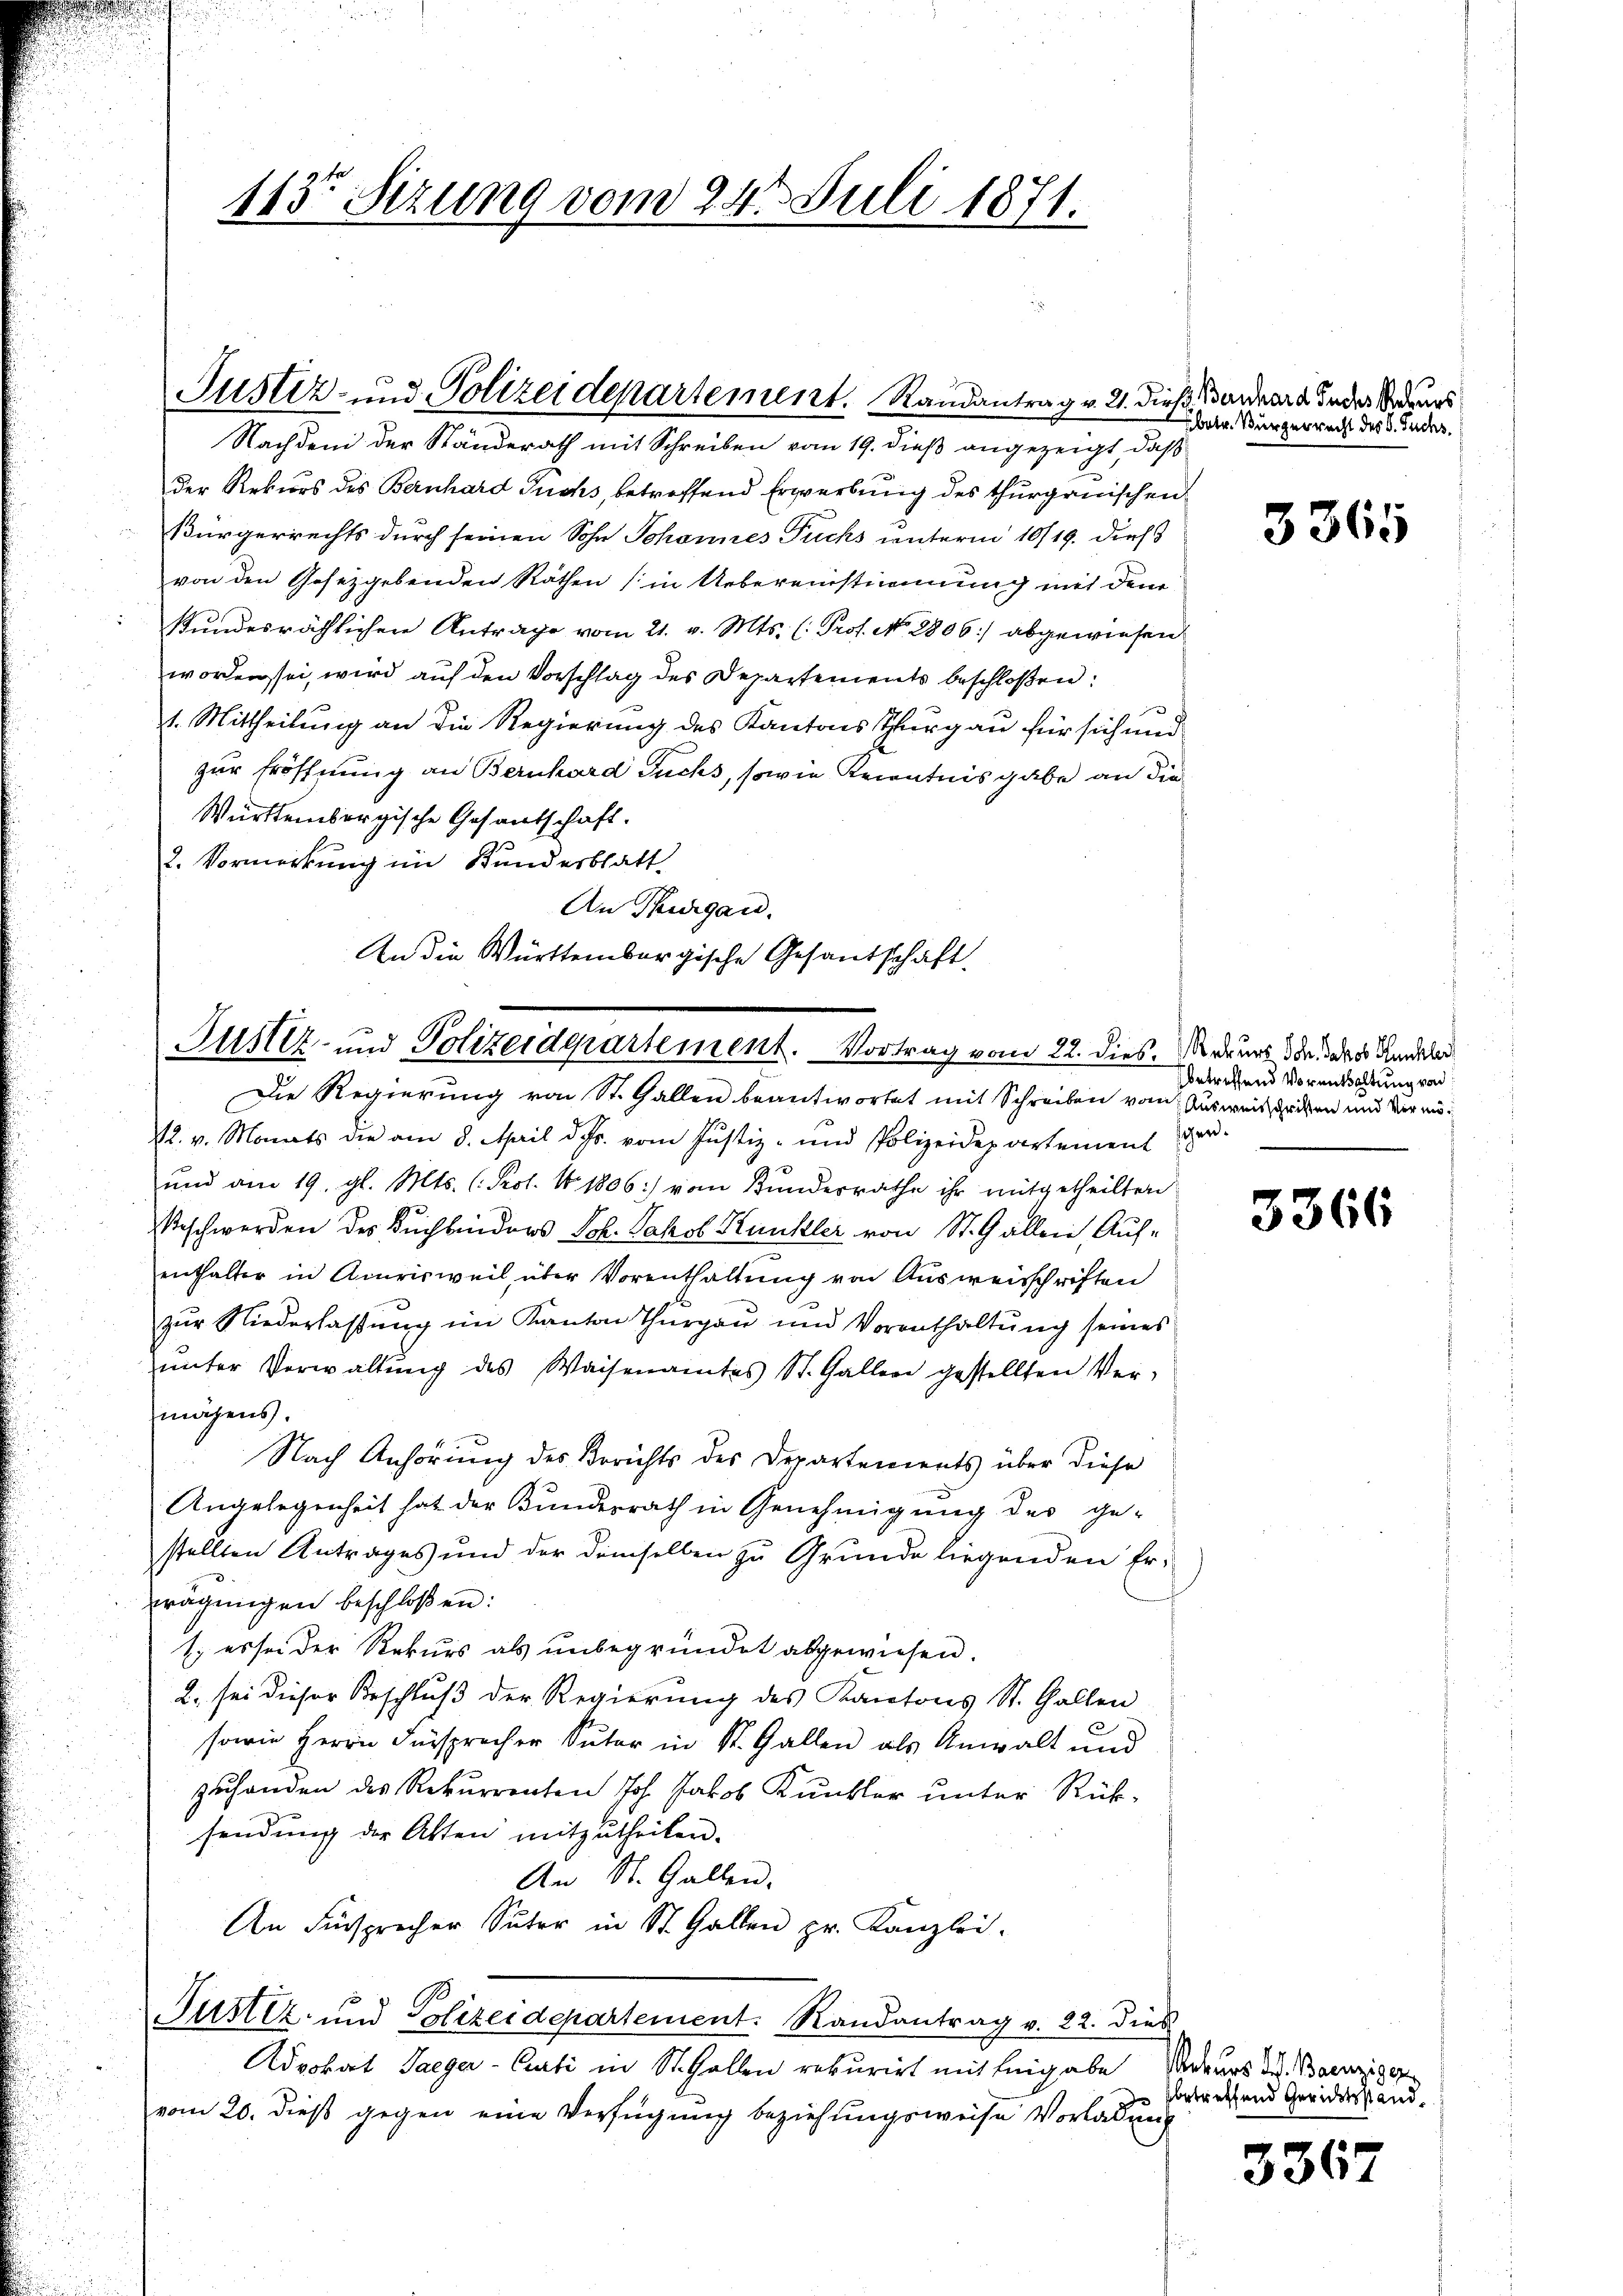
Nachdem der Ständerath mit Schreiben vom 19. dieß angezeigt, daß
der Rekurs des Bernhard Fuchs, betreffend Erwerbung des thurgauischen
Bürgerrechts durch seinen Sohn Schonnes Fuchs unterm 10/19. dieß
von den Gesetzgebenden Räthen (in Uebereinstimmung mit dem
kundesräthlichen Antrage vom 21. v. Mts. (: Prof. No. 2806:/ abgewiesen
worden sei, wird auf den Vorschlag des Departements beschloßen:
1. Mittheilung an die Regierung des Kantons Thurgau für sich und
zur Eröffnung an Bernhard Fuchs, sowie Krientnis gabe an die
Württembergische Gesandschaft.
2. Vormerkung im Kundesblatt
An Thurgau.
An die Württembergische Gesandschaft.

113. Sitzung vom 24t Juli 1871.

Justiz- und Polizeiderartement. Vortrag vom 22. dies. Wer uns der des Kanzler
Die Regierung von St. Gallen beantwortet mit Schreiben vom Ausweisschriften und Veran¬

Justiz- und Polizeidepartement. Randantrag v. 21. dieß Vordert inder Bodens

2. v. Monats die am 8. April d. Js. vom Justiz- und Polizeidepartement ver-
und am 19. gl. Mts. (Prot. No 1806:/ vom Bundesrathe ihr mitgetheilten
Beschwerden des Buchbinders Joh. Jakob Kunkler von St. Gallen, Aufenthalter in Amrisweil über Vorenthaltung von Ausweisschriften
zŭr Niederlassŭng im Kanton Thurgau und Vorenthaltŭng seines
ŭnter Verwaltŭng des Waisenamtes St. Galler gestellten Ver-
mähens.
Nach Anhörung des Berichts des Departements über diese
Angelegenheit hat der Bunderrath in Genehmigung des ge-
stellten Antrages und der demselben zu Grunde liegenden Erwägŭngen beschloßen:
1. es sei der Rekurs als unbegründet abgewiesen.
2., sei dieser Beschluß der Regierung des Kantons St. Gallen
sowie Herrn Fürsprecher Suter in St. Gallen als Anwalt und
zuhanden des Rekurrenten Joh. Jakob Kunkler unter Rück-
sendung der Akten mitzutheilen.
An St. Gallen.
An Fürsprecher Suter in St. Gallen pr. Kanzlei-
Justiz- und Polizeidepartement. Randantrag v. 22. dies
Advokat Saeger-Curti in St. Gallen rekurirt mit Eingabe. Sodeurs d. Bainzige
vom 20. dieß gegen eine Verfügung beziehungsweise Vorladung

betr. Bürgerrecht des C. Fuchs.

3365

sbetreffend Vorenthaltung von

3366

betreffend Gerichtsstand.

3367